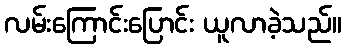
လမ်းကြောင်းပြောင်း ယူလာခဲ့သည်။